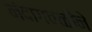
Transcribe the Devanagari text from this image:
नंदागवळीने